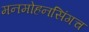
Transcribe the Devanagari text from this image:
मनमोहनसिंगच